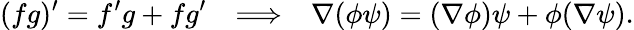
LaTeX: (fg)^{\prime}=f^{\prime}g+fg^{\prime}~~~\Longrightarrow~~~\nabla(\phi\psi)=(\nabla\phi)\psi+\phi(\nabla\psi).